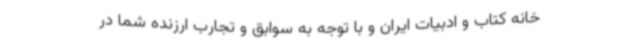
خانه کتاب و ادبیات ایران و با توجه به سوابق و تجارب ارزنده شما در